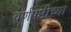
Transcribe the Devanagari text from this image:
वर्णषष्ठीच्या